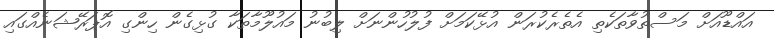
އައްޑޫއަށް މަސްތުވާތަކެތި އެތެރެކުރަން އުޅޭކަމަށް ފުލުހުންނަށް ލިބުނު މައުލޫމާތަކާ ގުޅިގެން ހިންގި އޮޕަރޭޝަނެއްގައި